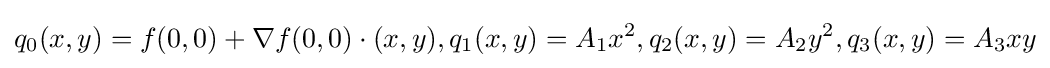
q_{0}(x,y)=f(0,0)+\nabla f(0,0)\cdot (x,y),q_{1}(x,y)=A_{1}x^{2},q_{2}(x,y)=A_{2}y^{2},q_{3}(x,y)=A_{3}xy